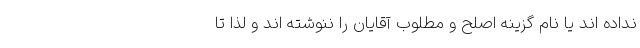
نداده اند یا نام گزینه اصلح و مطلوب آقایان را ننوشته اند و لذا تا